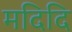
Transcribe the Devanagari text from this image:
मदिदि